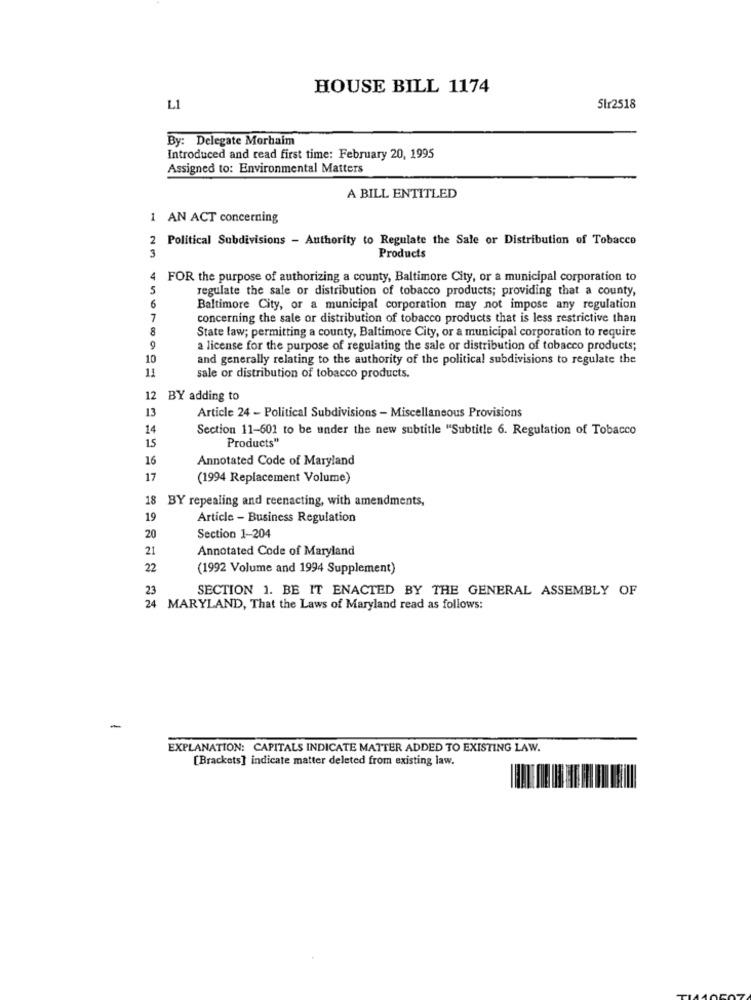
HOUSE BILL 1174
L1
Slr2518
By: Delegate Morhaim
Introduced and read first time: February 20, 1995
Assigned to: Environmental Matters
A BILL ENTITLED
1 AN ACT concerning
2 Political Subdivisions - Authority to Regulate the Sale or Distribution of Tobacco
3
Products
4 FOR the purpose of authorizing a county, Baltimore City, or a municipal corporation to
5
regulate the sale or distribution of tobacco products; providing that a county,
6
Baltimore City, or a municipal corporation may not impose any regulation
7
concerning the sale or distribution of tobacco products that is less restrictive than
8
State law; permitting a county, Baltimore City, or a municipal corporation to require
a license for the purpose of regulating the sale or distribution of tobacco products;
10
and generally relating to the authority of the political subdivisions to regulate the
11
sale or distribution of tobacco products.
12 BY adding to
13
Article 24 - Political Subdivisions - Miscellaneous Provisions
14
Section 11-601 to be under the new subtitle "Subtitle 6. Regulation of Tobacco
1.5
Products"
16
Annotated Code of Maryland
17
(1994 Replacement Volume)
18 BY repealing and reenacting, with amendments,
19
Article - Business Regulation
20
Section 1-204
21
Annotated Code of Maryland
22
(1992 Volume and 1994 Supplement)
23
SECTION 1. BE IT ENACTED BY THE GENERAL ASSEMBLY OF
24
MARYLAND, That the Laws of Maryland read as follows:
-
EXPLANATION: CAPITALS INDICATE MATTER ADDED TO EXISTING LAW.
[Brackets] indicate matter deleted from existing law.